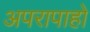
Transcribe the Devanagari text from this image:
अपरापाहो